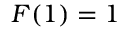
F ( 1 ) = 1